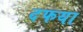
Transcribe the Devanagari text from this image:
दफया